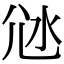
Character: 𡯑